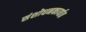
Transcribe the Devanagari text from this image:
संशोधनकार्यात